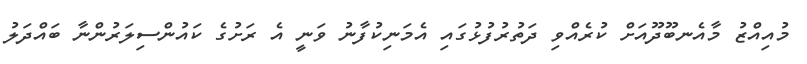
މުއިއްޒު މާއެނބޫދޫއަށް ކުރެއްވި ދަތުރުފުޅުގައި އެމަނިކުފާނު ވަނީ އެ ރަށުގެ ކައުންސިލަރުންނާ ބައްދަލު